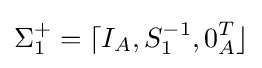
\Sigma _{1}^{+}=\lceil I_{A},S_{1}^{-1},0_{A}^{T}\rfloor